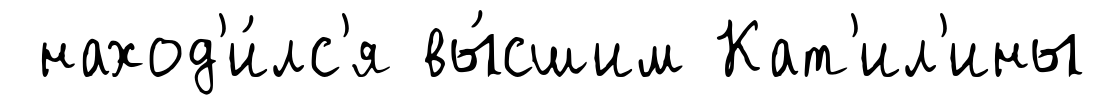
наход'и́лс'я вы́сшим Кат'ил'ины